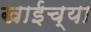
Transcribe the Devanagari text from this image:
खाईच्या